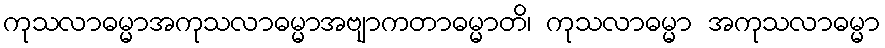
ကုသလာဓမ္မာအကုသလာဓမ္မာအဗျာကတာဓမ္မာတိ၊ ကုသလာဓမ္မာ အကုသလာဓမ္မာ